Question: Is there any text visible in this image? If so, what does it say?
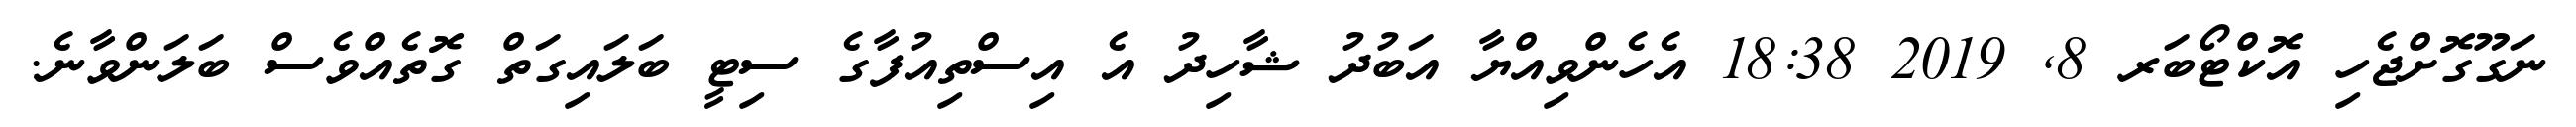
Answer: ނަގޫގޮށްޖެހި އޮކްޓޯބަރ 8, 2019 18:38 އެހެންވިއްޔާ އަބުދު ޝާހިދު އެ އިސްތިއުފާގެ ސިޓީ ބަލައިގަތް ގޮތެއްވެސް ބަލަންވާނެ.